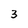
Character: 3